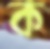
ক